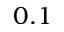
0 . 1